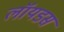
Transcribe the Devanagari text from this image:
लॉयडस